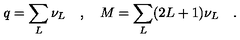
q = \sum _ { L } \nu _ { L } \quad , \quad M = \sum _ { L } ( 2 L + 1 ) \nu _ { L } \quad .